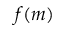
f ( m )